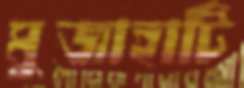
মুজাহাটি